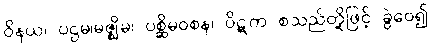
ဝိနယ၊ ပဌမ၊မဇ္ဈိမ၊ ပစ္ဆိမဝစန၊ ပိဋက စသည်တို့ဖြင့် ခွဲဝေ၍